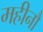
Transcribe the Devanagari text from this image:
महीनौ